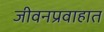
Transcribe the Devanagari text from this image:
जीवनप्रवाहात